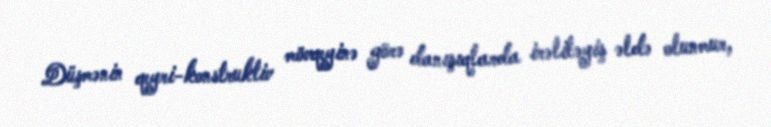
Düşmənin qeyri-konstruktiv mövqeyinə görə danışıqlarda irəliləyiş əldə olunmur,